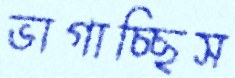
ভাগাচ্ছিস